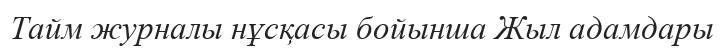
Тайм журналы нұсқасы бойынша Жыл адамдары